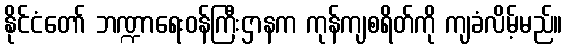
နိုင်ငံတော် ဘဏ္ဍာရေးဝန်ကြီးဌာနက ကုန်ကျစရိတ်ကို ကျခံလိမ့်မည်။